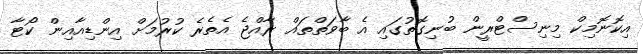
އިކޮނޮމިކް މިނިސްޓްރީން ބުނިގޮތުގައި އެ ބާވަތްތައް ރާއްޖެ އެތެރެ ކުރުމަށް އިންޑިއާއިން ކޯޓާ